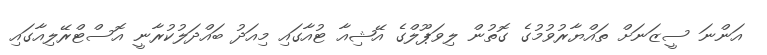
އަންނަ ސީޒަނަށް ތައްޔާރުވުމުގެ ގޮތުން ލިވަޕޫލްގެ އޭޝިއާ ޓުއާގައި މިއަދު ބައްދަލުކުރާނީ އޮސްޓްރޭލިއާގައި